Bréfritari: Sigurbjörg Einarsdóttir
Viðtakandi: Jón Borgfirðings Jónsson
Dagsetning: A-1875-09-12
Skrifað á: Akureyri  Eyf.

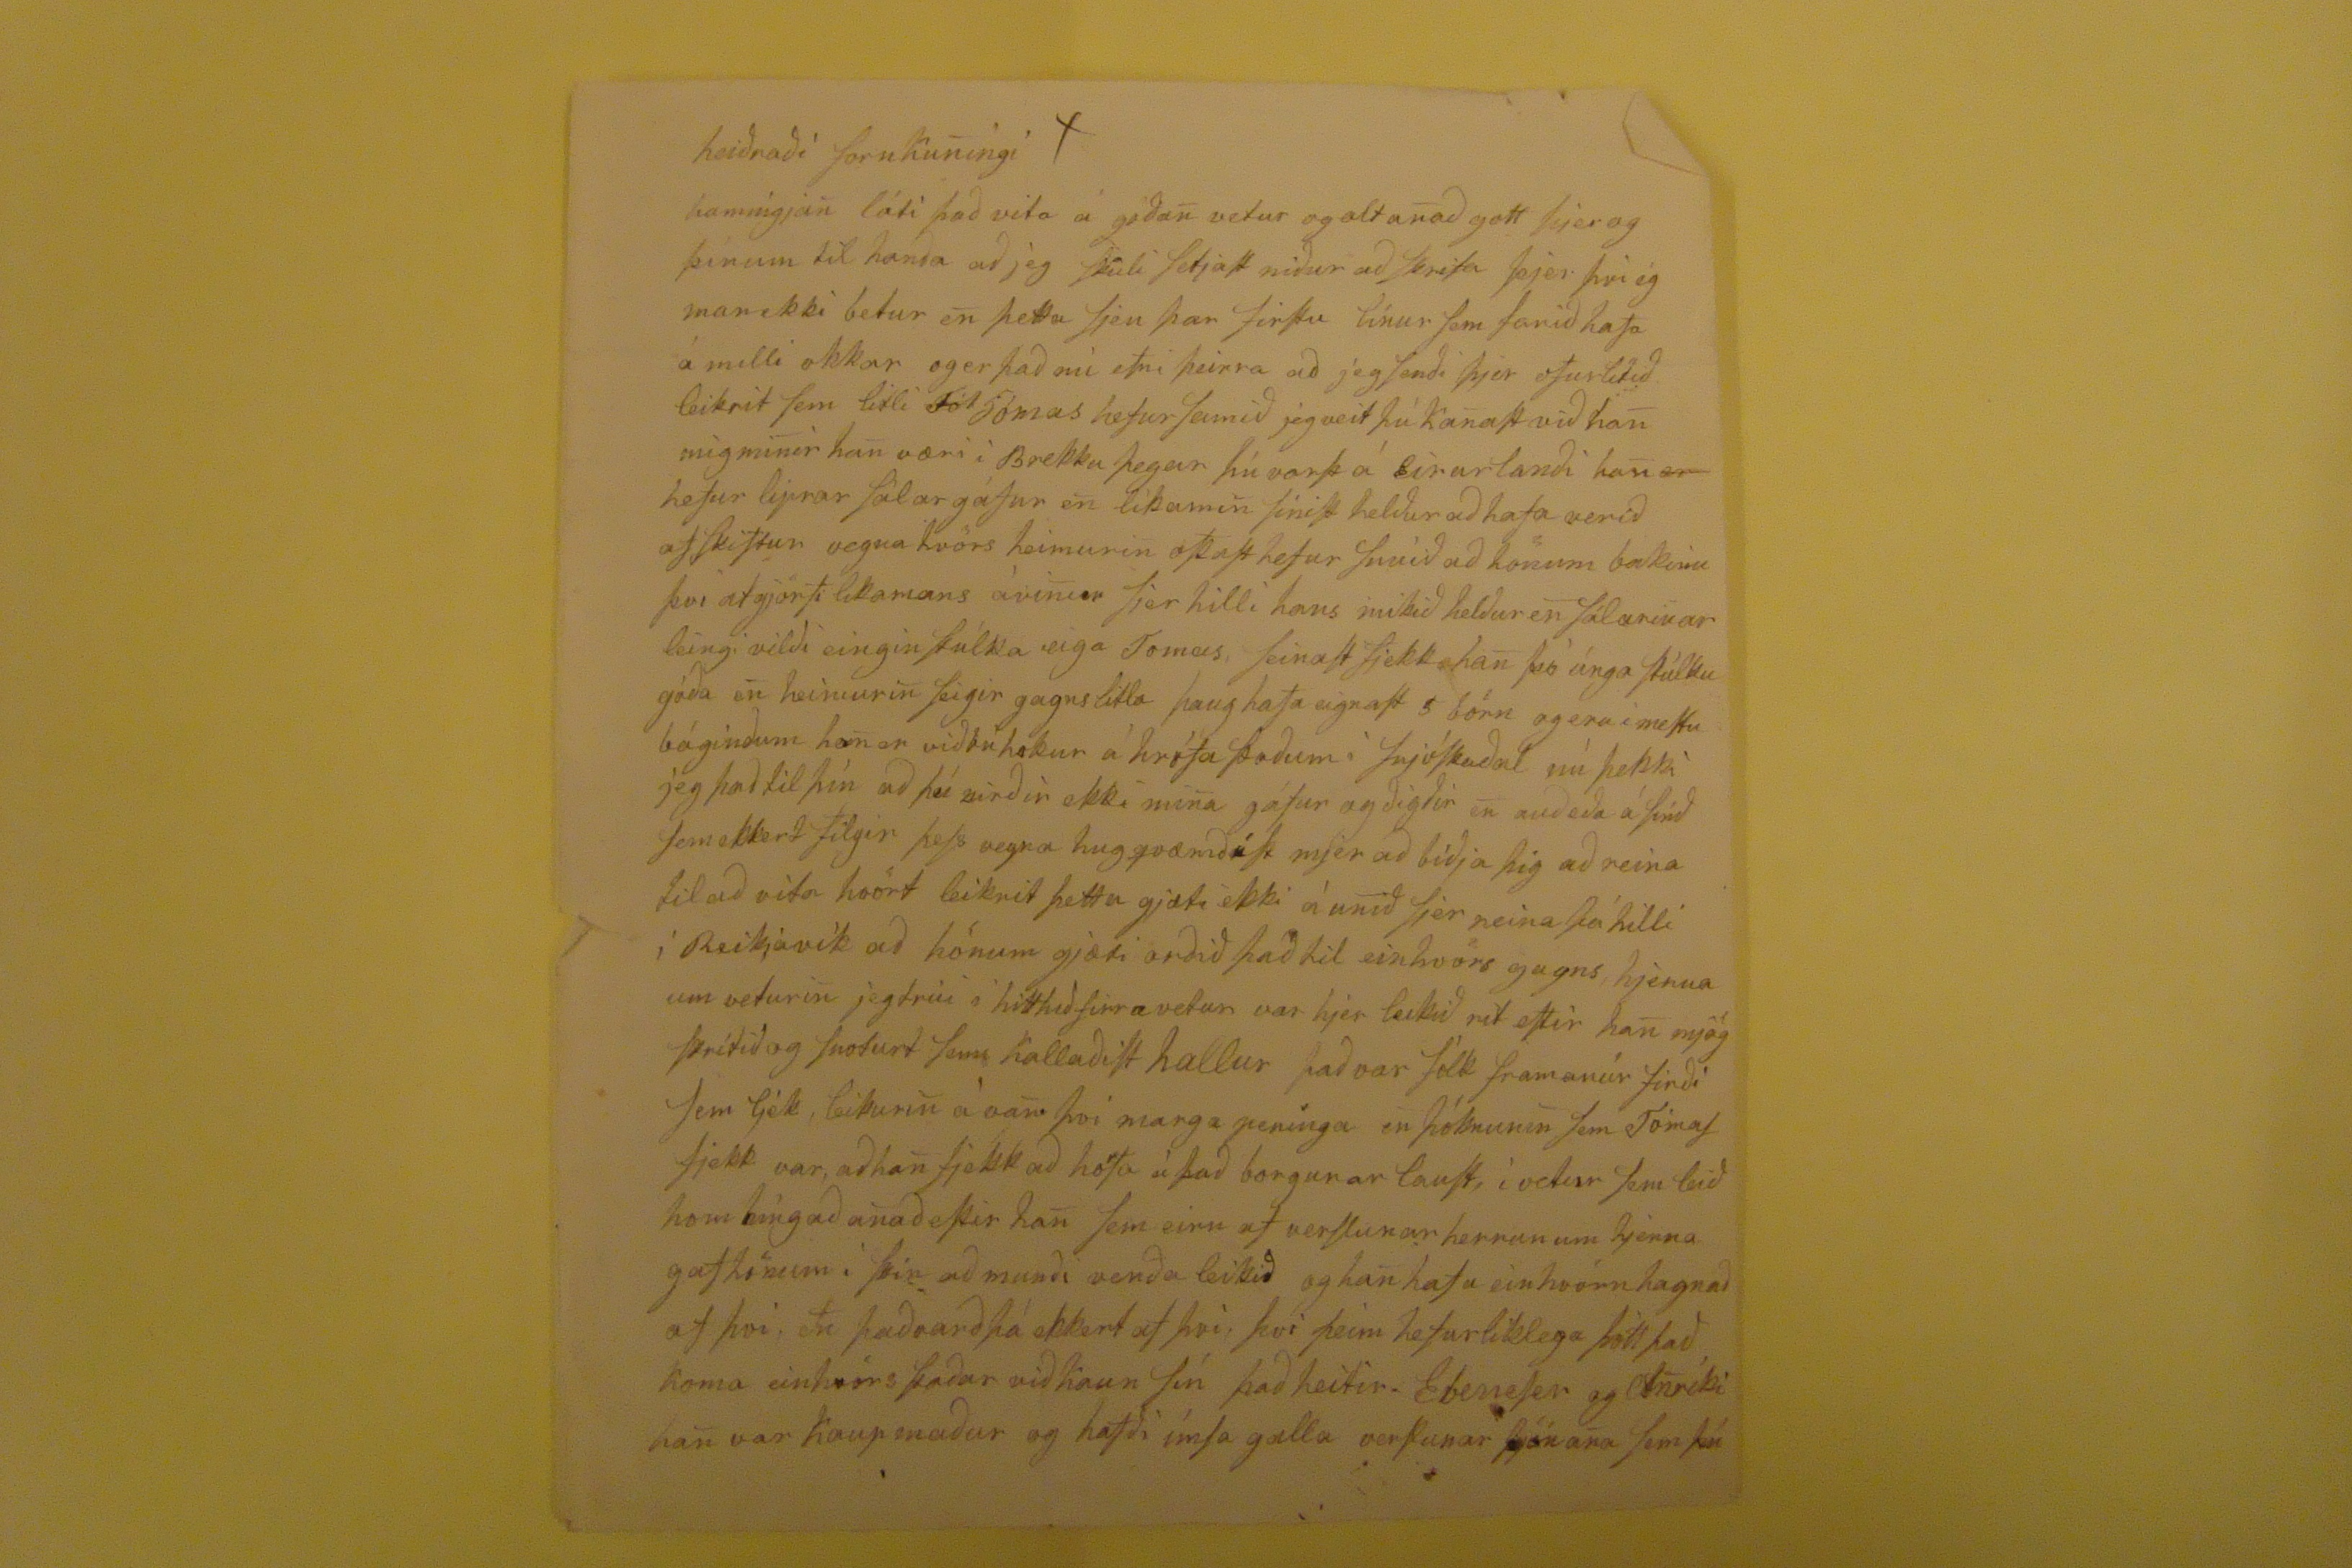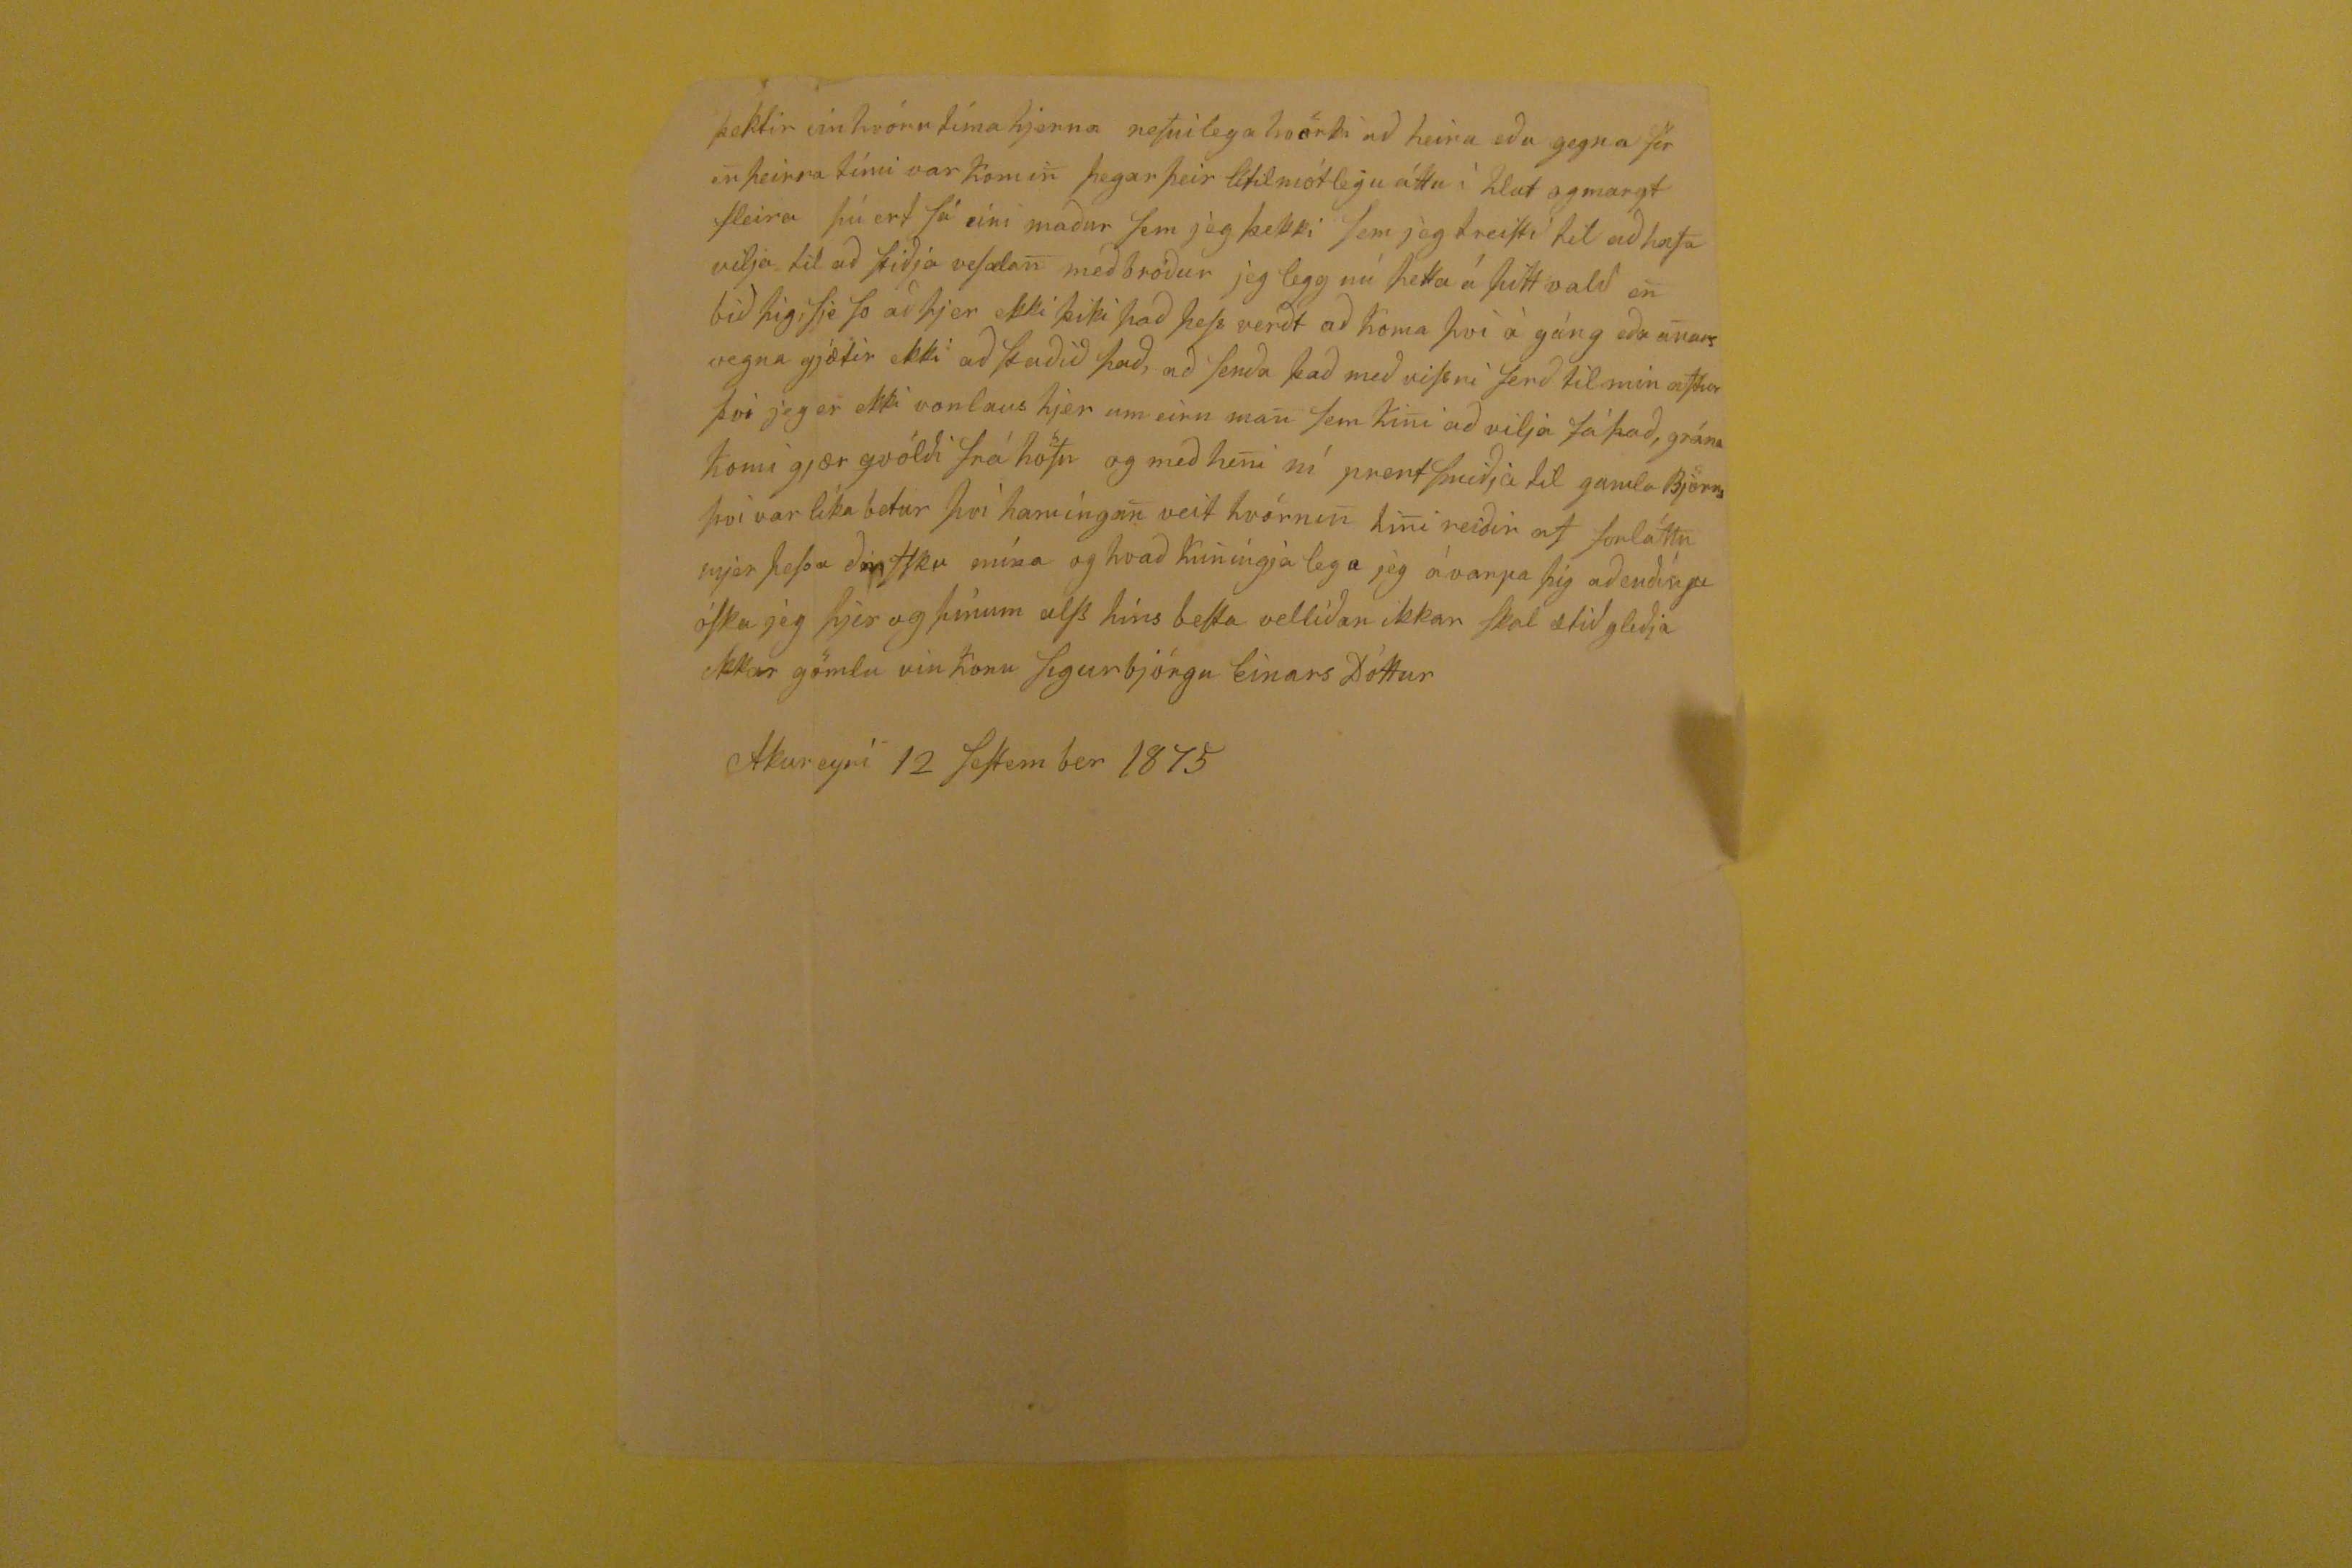

heiðraði fornkuningi
hamingjan láti það vita á góðan vetur og alt anað gott hjer og þínum til hanða að jeg skuli setjast niður að skrifa þjer því ég man ekki betur en þetta sjeu þær firstu línu sem farið hafa á milli okkar og er það nú efni þeirra að jeg senði þjer ofurlitið leikrit sem litli
Fól
Tómas hefur samið jeg veit þú kanast við han mig minir han væri i Brekku þegar þú varst á Eirarlanði han
er
hefur liprar sálargáfur en líkamin sinist helður að hafa verið afskiftur vegna hvörs heimurin oskast hefur snúið að hönum bakinu því atgjörfi likamans ávinur sjer hilli hans mikið helður en sálarinar leingi vilði eingin stúlka eiga Tomas, seinast fjekk han þó únga stúlku góða en heimurin seigir gagnslitla þaug hafa eignast 5 börn og eru í mestu bágindum han er
viðbúhakur á hrófa þoðum
í snjóskaðal nú þekki jeg það til þín að þú virðir ekki mina gáfur og digðir en auðeða á sinð sem ekkert filgir þess vegna hugqvæmðist mjer að biðja þig að reina tl að vita hvört leikrit þetta gjæti ekki áunið sjer neina
sáhilli
í Reikjavík að hönum gjæti orðið það til einhvörs gagns hjerna um veturin jeg trúi i hitthið firra vetur var hjer leikið rit eftir han mjög
stritið
og snoturt sem hallaðist hallur það var fólk framanúr firði sem ljek, eleikurin á van því marga peninga en þóknunin sem Tómas fjekk var, að han fjekk að hafa á það borgunar laust, í vetur sem leið hom hingað anað eftir han sem eirn af verslunar herrunum hjerna gaf hönum i þin að munði verða leikið og han hafa einhvörn hagnað af því, en þaðvarðþá ekkert af því, því þeim hefur liklega þótt það koma einhvörs staðar viðkaun sin það heitir Ebeneser og
Anríki
han var kaupmaður og hafði ímsa galla verslunar þjónana sem þú
°þektir vinhvörn tíma hjerna nefnilega hvörki að heira eða gena sér en þeirra tími var komin þegar þeir litilmótlegu áttu í hlut og margt fleira þú ert sá eini maður sem jeg þekki sem jeg treisti til að hafa vilja til að biðja vesælan meðbróður jeg legg nú þetta á þitt vald en bið þig, sje so að þjer ekki þiki það þess verðt að koma því á gáng eða anars vegna gjætir ekki að
staðið
það, að senða það með vissri ferð til min aftur þvi jeg er ekki vonlaus hjer um eirn man sem kini að vlija fá það, grána komi gjær gvílði frá höfn og með heni ní prentsmiðja itl gamla Björns því var líka betur því hamingan veit hv0rnin hini reiðinr af forláttu mjer þessu
dinttku
mína og hvað kuningja lega jeg ávarpa þig að enðingu óska jeg þjer og þinum
alss
hins besta velíðan ikkar skal ætið gleðja okkar gömlu vinkonu Sigurbjörgu EinarsDóttur
Akureyri 12 Seftember 1875